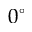
0 ^ { \circ }